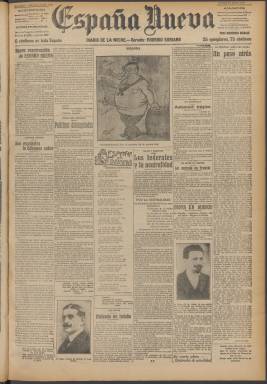
Título: España nueva (Madrid. 1917)
Colección: Periódicos
Ámbito geográfico: Madrid
Lugar de publicación: Madrid
Fechas: 23/04/1917-07/05/1921